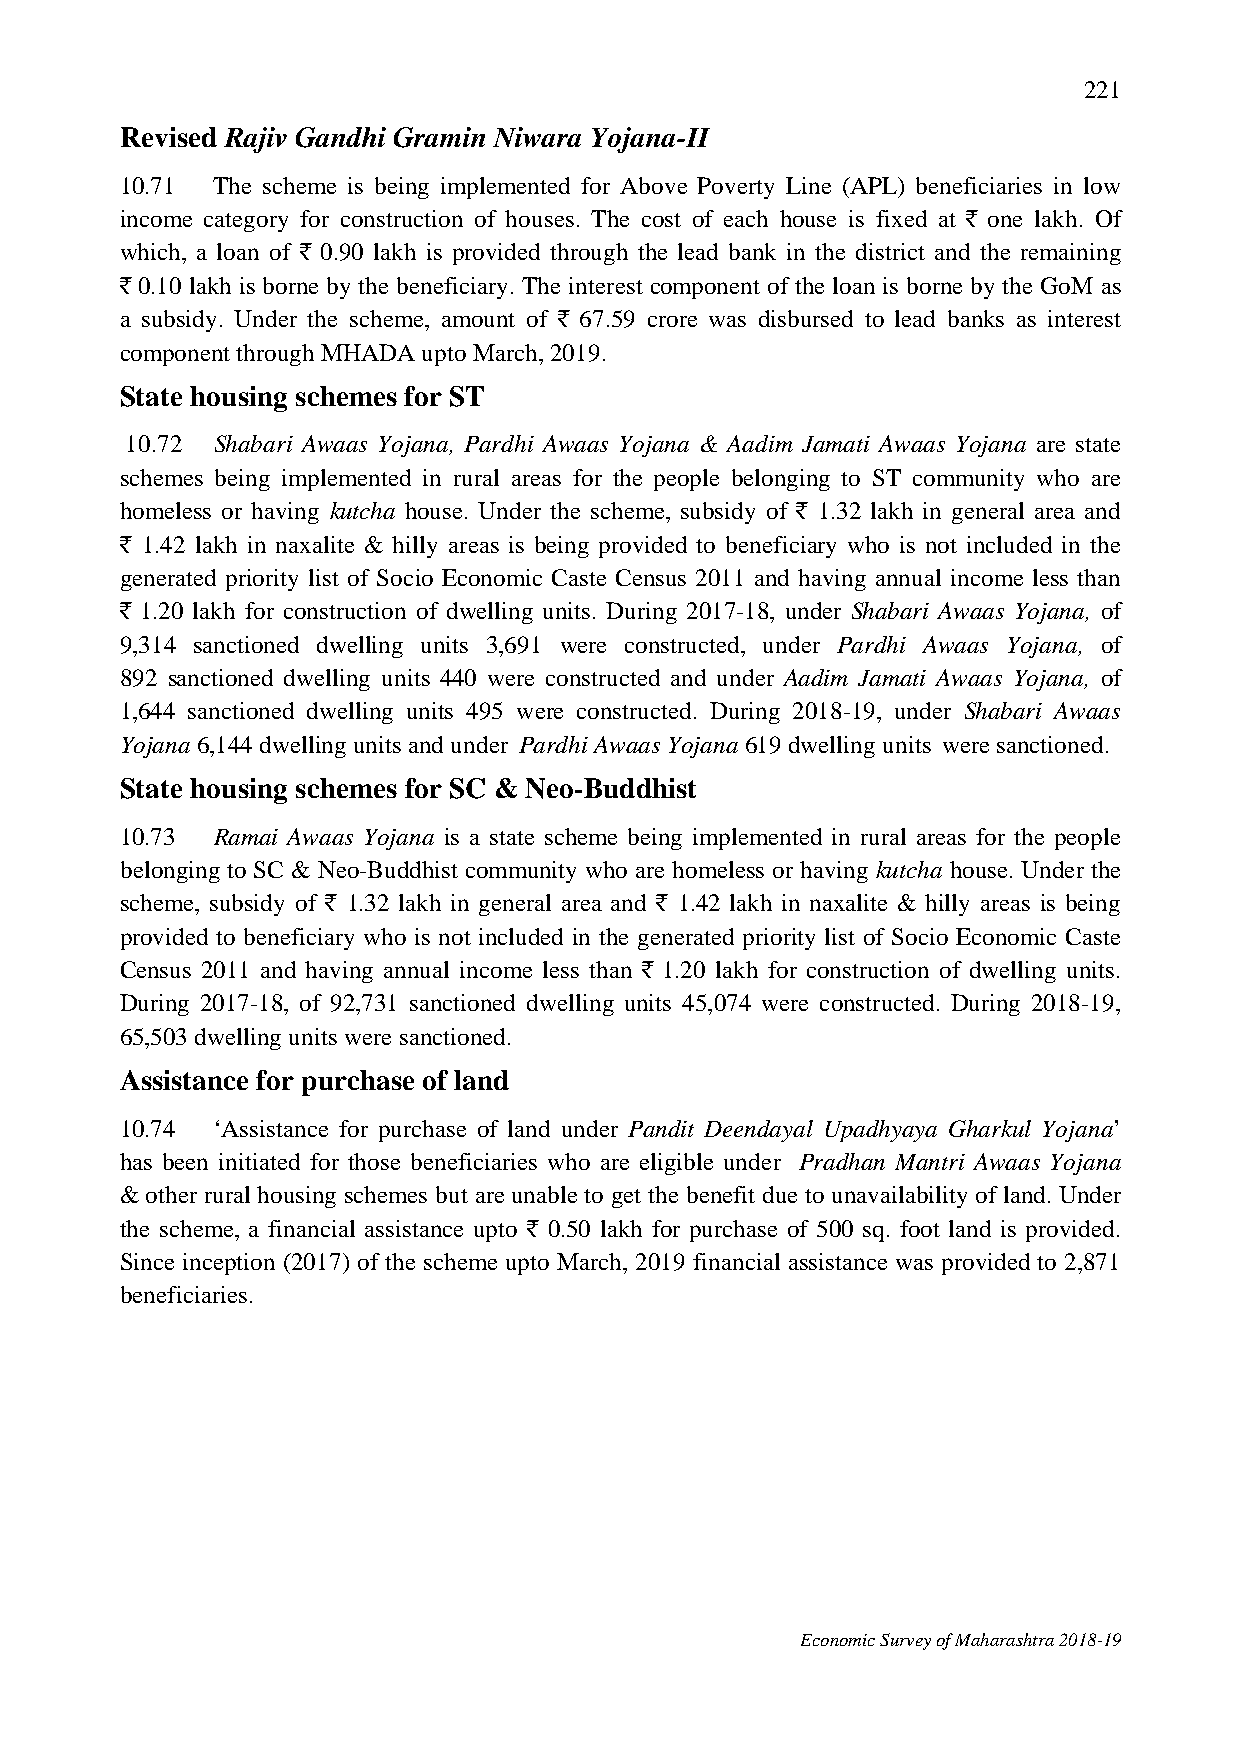
221
 Revised Rajiv Gandhi Gramin Niwara Yojana-II
 10.71 The scheme is being implemented for Above Poverty Line (APL) beneficiaries in low
 income category for construction of houses. The cost of each house is fixed at ` one lakh. Of
 which, a loan of ` 0.90 lakh is provided through the lead bank in the district and the remaining
 ` 0.10 lakh is borne by the beneficiary. The interest component of the loan is borne by the GoM as
 a subsidy. Under the scheme, amount of ` 67.59 crore was disbursed to lead banks as interest
 component through MHADA upto March, 2019.
 State housing schemes for ST
 10.72 Shabari Awaas Yojana, Pardhi Awaas Yojana & Aadim Jamati Awaas Yojana are state
 schemes being implemented in rural areas for the people belonging to ST community who are
 homeless or having kutcha house. Under the scheme, subsidy of ` 1.32 lakh in general area and
 ` 1.42 lakh in naxalite & hilly areas is being provided to beneficiary who is not included in the
 generated priority list of Socio Economic Caste Census 2011 and having annual income less than
 ` 1.20 lakh for construction of dwelling units. During 2017-18, under Shabari Awaas Yojana, of
 9,314 sanctioned dwelling units 3,691 were constructed, under Pardhi Awaas Yojana, of
 892 sanctioned dwelling units 440 were constructed and under Aadim Jamati Awaas Yojana, of
 1,644 sanctioned dwelling units 495 were constructed. During 2018-19, under Shabari Awaas
 Yojana 6,144 dwelling units and under Pardhi Awaas Yojana 619 dwelling units were sanctioned.
 State housing schemes for SC & Neo-Buddhist
 10.73 Ramai Awaas Yojana is a state scheme being implemented in rural areas for the people
 belonging to SC & Neo-Buddhist community who are homeless or having kutcha house. Under the
 scheme, subsidy of ` 1.32 lakh in general area and ` 1.42 lakh in naxalite & hilly areas is being
 provided to beneficiary who is not included in the generated priority list of Socio Economic Caste
 Census 2011 and having annual income less than ` 1.20 lakh for construction of dwelling units.
 During 2017-18, of 92,731 sanctioned dwelling units 45,074 were constructed. During 2018-19,
 65,503 dwelling units were sanctioned.
 Assistance for purchase of land
 10.74 ‘Assistance for purchase of land under Pandit Deendayal Upadhyaya Gharkul Yojana’
 has been initiated for those beneficiaries who are eligible under Pradhan Mantri Awaas Yojana
 & other rural housing schemes but are unable to get the benefit due to unavailability of land. Under
 the scheme, a financial assistance upto ` 0.50 lakh for purchase of 500 sq. foot land is provided.
 Since inception (2017) of the scheme upto March, 2019 financial assistance was provided to 2,871
 beneficiaries.
 Economic Survey of Maharashtra 2018-19